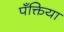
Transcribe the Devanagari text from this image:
पँक्तिया